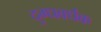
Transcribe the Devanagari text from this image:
दुग्धवर्धक